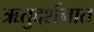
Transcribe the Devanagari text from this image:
ऋतुदर्शनात